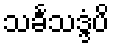
သင်္ခသဒ္ဒံပိ